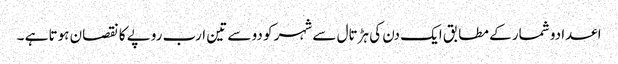
اعدادو شمار کے مطابق ایک دن کی ہڑتال سے شہر کو دو سے تین ارب روپے کا نقصان ہوتا ہے ۔